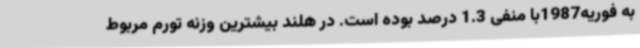
به فوریه1987با منفی 1.3 درصد بوده است. در هلند بیشترین وزنه تورم مربوط